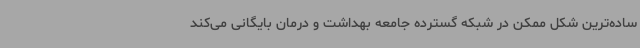
ساده‌ترین شکل ممکن در شبکه گسترده جامعه بهداشت و درمان بایگانی می‌کند